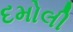
દમોલી